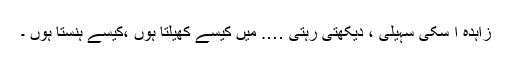
زاہدہ ا سکی سہیلی ، دیکھتی رہتی …. میں کیسے کھیلتا ہوں ،کیسے ہنستا ہوں ۔